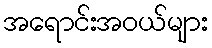
အရောင်းအဝယ်များ